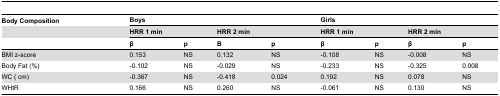
<table><thead><tr><td><b>Body Composition</b></td><td colspan="4"><b>Boys</b></td><td colspan="4"><b>Girls</b></td></tr><tr><td></td><td colspan="2"><b>HRR 1 min</b></td><td colspan="2"><b>HRR 2 min</b></td><td colspan="2"><b>HRR 1 min</b></td><td colspan="2"><b>HRR 2 min</b></td></tr><tr><td></td><td><b>β</b></td><td><b>p</b></td><td><b>Β</b></td><td><b>p</b></td><td><b>β</b></td><td><b>p</b></td><td><b>β</b></td><td><b>p</b></td></tr></thead><tbody><tr><td>BMI z-score </td><td> 0.153 </td><td>NS</td><td> 0.132 </td><td>NS</td><td>-0.108</td><td>NS</td><td>-0.008 </td><td>NS </td></tr><tr><td>Body Fat (%)</td><td>-0.102 </td><td>NS</td><td>-0.029 </td><td>NS</td><td> -0.233 </td><td> NS</td><td> -0.325 </td><td> 0.008</td></tr><tr><td>WC ( cm)</td><td> -0.367 </td><td> NS</td><td> -0.418 </td><td> 0.024</td><td> 0.192 </td><td>NS</td><td> 0.078 </td><td>NS</td></tr><tr><td>WHtR</td><td> 0.166 </td><td>NS</td><td> 0.260 </td><td>NS</td><td> -0.061 </td><td>NS</td><td> 0.130 </td><td>NS</td></tr></tbody></table>